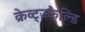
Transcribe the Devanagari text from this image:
क्रेव्ट्ज़्फेल्डि